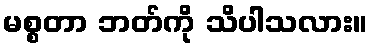
မစ္စတာ ဘတ်ကို သိပါသလား။